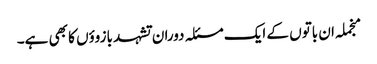
منجملہ ان باتوں کے ایک مسئلہ دوران تشہد بازوؤں کا بھی ہے۔